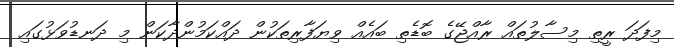
މިފަދަ ރީތި މިސާލުތައް ރާއްޖޭގެ ބޮޑެތި ބައެއް ވިޔަފާރިތަކުން ދައްކަމުންދާކަން މި ދަނޑުވަޅުގައި